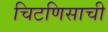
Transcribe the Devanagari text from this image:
चिटणिसाची